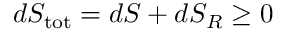
d S _ { \mathrm { t o t } } = d S + d S _ { R } \geq 0